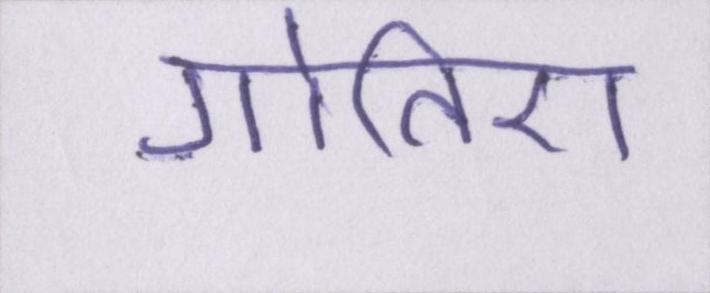
गोतिए